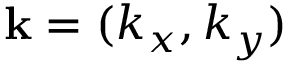
\mathbf { k } = ( k _ { x } , k _ { y } )